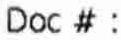
DOC # :